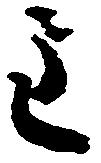
主